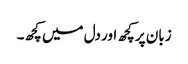
زبان پر کچھ اور دل میں کچھ۔